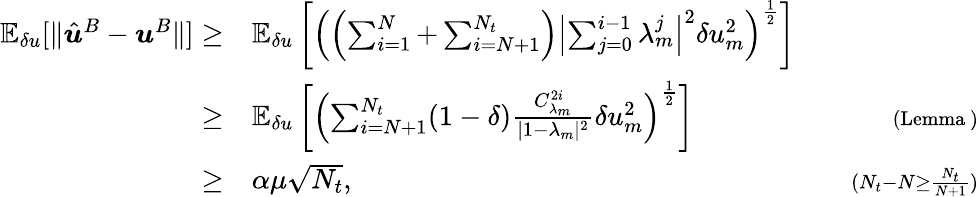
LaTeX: \begin{array}{rlr}{\mathbb{E}_{\delta u}[\| \hat{\boldsymbol{u}}^{B}-\boldsymbol{u}^{B}\| ]\ge}&{\mathbb{E}_{\delta u}\left[\left(\left(\sum_{i=1}^{N}+\sum_{i=N+1}^{N_{t}}\right)\left|\sum_{j=0}^{i-1}\lambda_{m}^{j}\right|^{2}\delta u_{m}^{2}\right)^{\frac{1}{2}}\right]}&\\ {\ge}&{\mathbb{E}_{\delta u}\left[\left(\sum_{i=N+1}^{N_{t}}(1-\delta)\frac{C_{\lambda_{m}}^{2i}}{|1-\lambda_{m}|^{2}}\delta u_{m}^{2}\right)^{\frac{1}{2}}\right]}&{\quad{\scriptstyle(\mathrm{Lemma~})}}\\ {\ge}&{\alpha\mu\sqrt{N_{t}},}&{\quad{\scriptstyle(N_{t}-N\ge\frac{N_{t}}{N+1})}}\end{array}